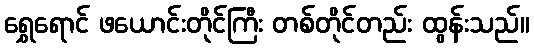
ရွှေရောင် ဖယောင်းတိုင်ကြီး တစ်တိုင်တည်း ထွန်းသည်။